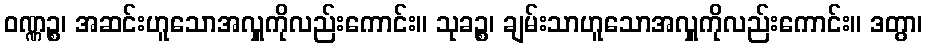
ဝဏ္ဏဉ္စ၊ အဆင်းဟူသောအလှူကိုလည်းကောင်း။ သုခဉ္စ၊ ချမ်းသာဟူသောအလှူကိုလည်းကောင်း။ ဒတွာ၊